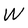
Character: W